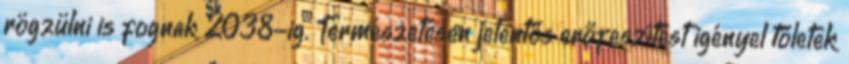
rögzülni is fognak 2038-ig. Természetesen jelentős erőfeszítést igényel tőletek